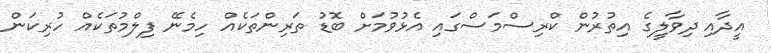
އީދާއި ދިވާލީގެ އިތުރުން ކްރިސްމަސްގައި އެޅުވުމަށް ބޮޑު ތަރިންތަކެއް ހިމެނޭ ފިލްމުތަކެއް ހުރިކަން